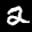
Label: 2